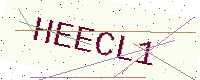
Text: HEECL1